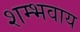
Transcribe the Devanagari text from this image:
शम्भवाय